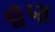
હૂણ